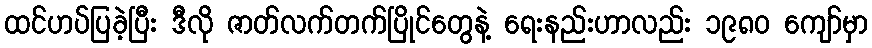
ထင်ဟပ်ပြခဲ့ပြီး ဒီလို ဇာတ်လက်တက်ပြိုင်တွေနဲ့ ရေးနည်းဟာလည်း ၁၉၈၀ ကျော်မှာ